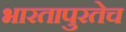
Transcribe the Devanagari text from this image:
भारतापुरतेच